Annual report of the Imperial Bacteriological Laboratory, Muktesar
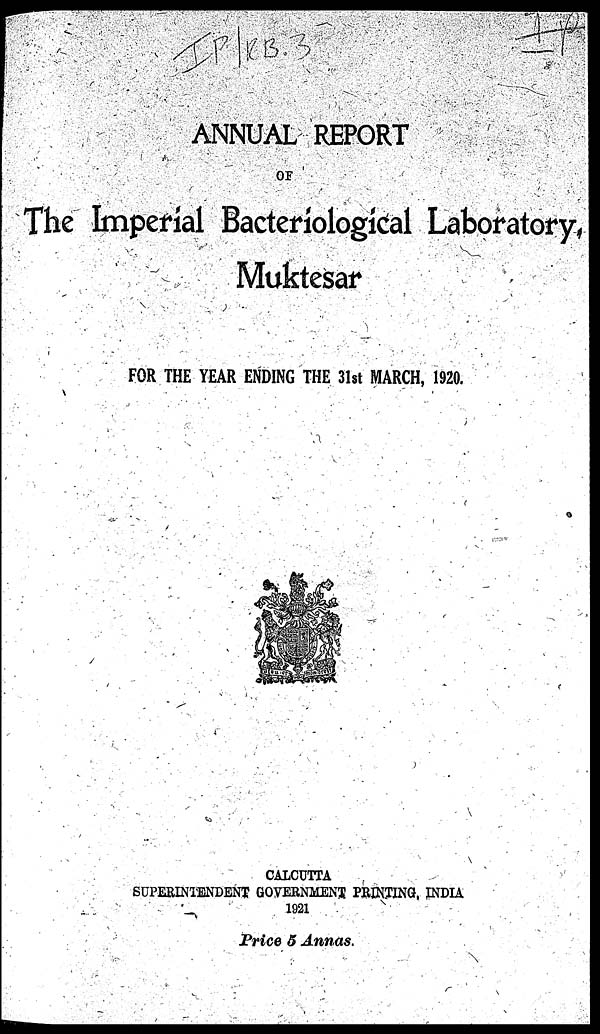
ANNUAL REPORT
OF
The Imperial Bacteriological Laboratory,
Muktesar
FOR THE YEAR ENDING THE 31st MARCH, 1920.
CALCUTTA
SUPERINTENDENT GOVERNMENT PRINTING, INDIA
1921
Price 5 Annas.